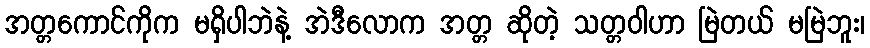
အတ္တကောင်ကိုက မရှိပါဘဲနဲ့ အဲဒီလောက အတ္တ ဆိုတဲ့ သတ္တဝါဟာ မြဲတယ် မမြဲဘူး၊